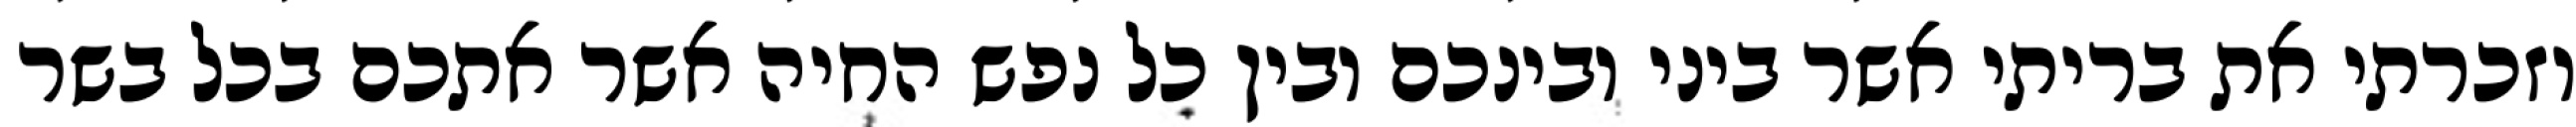
וזכרתי את בריתי אשר ביני ובינכם ובין כל נפש החיה אשר אתכם בכל בשר